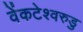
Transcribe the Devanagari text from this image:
वेंकटेश्वरुडु